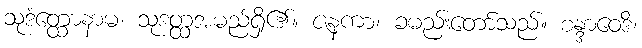
သုဒံတ္ထောနာမ၊ သုဒတ္ထအမည်ရှိ၏။ ဇနကာ၊ ခမည်းတော်သည်။ စန္ဒာဝေဒိ၊